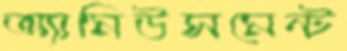
অ্যামিউসমেন্ট